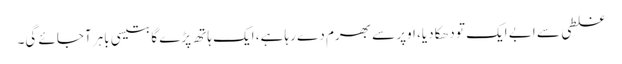
غلطی سے ابے ایک تو دھکا دیا، اوپر سے بھرم دے رہا ہے، ایک ہاتھ پڑے گا بتیسی باہر آجائے گی۔